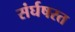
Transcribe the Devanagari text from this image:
संर्घषरत